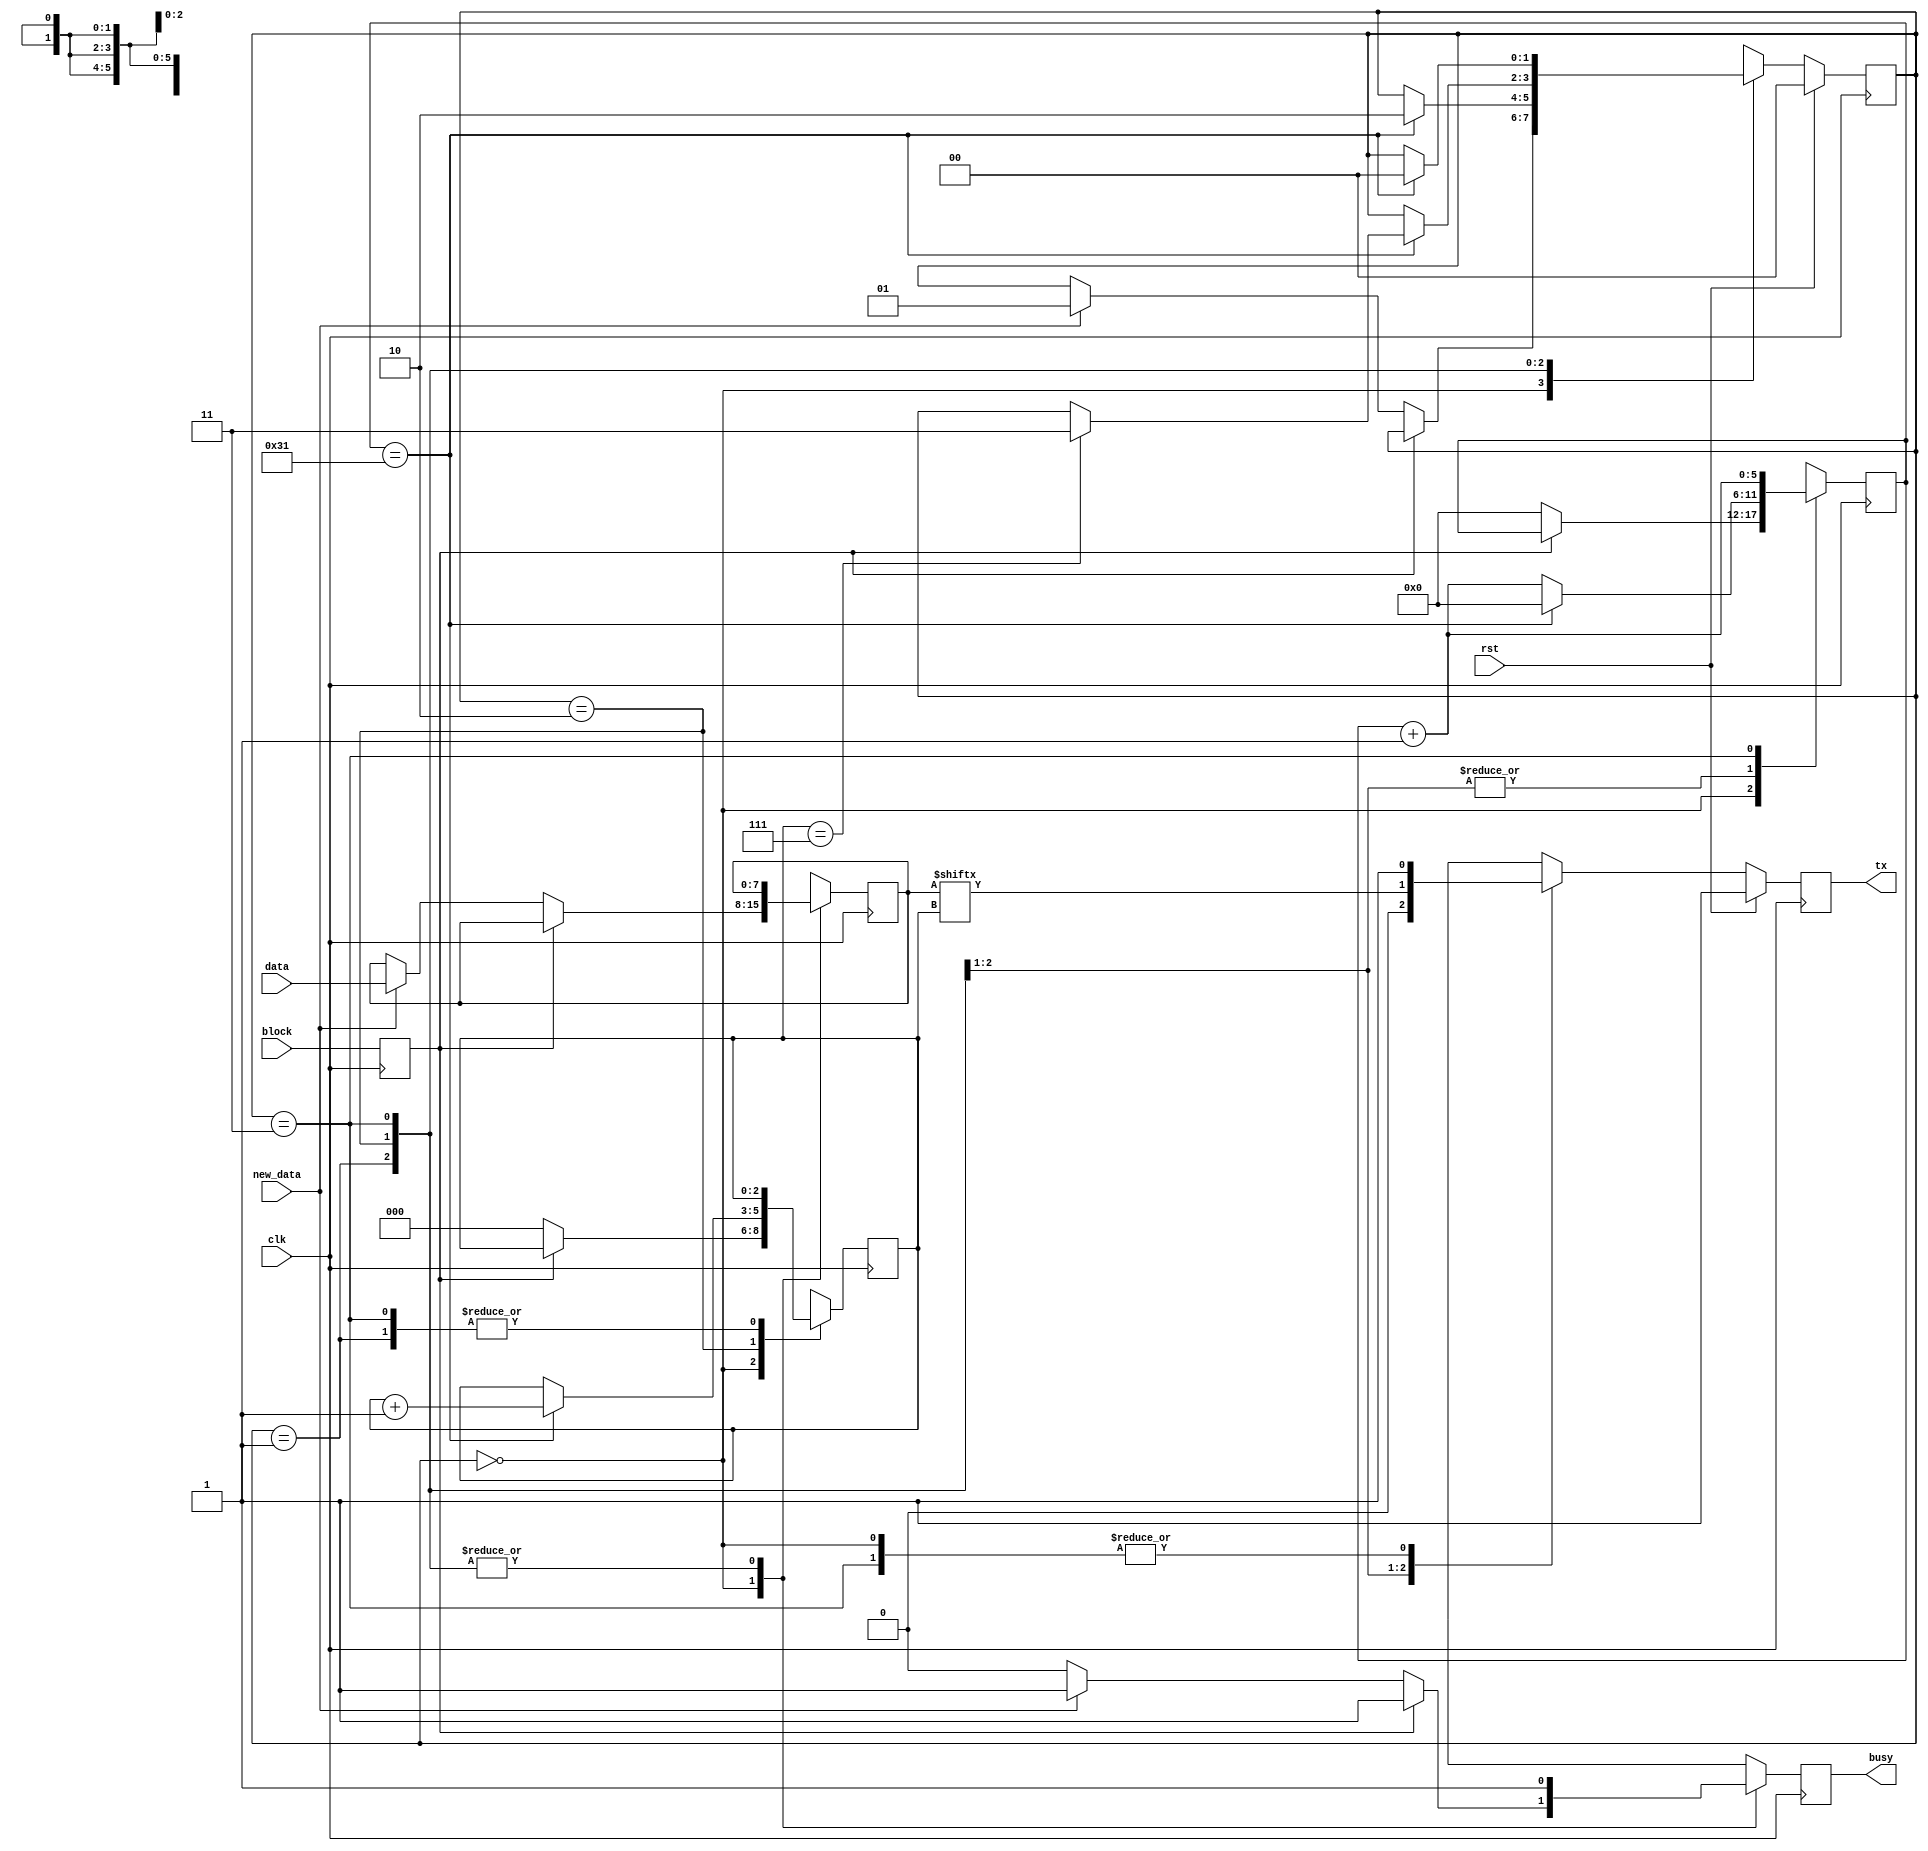
module serial_tx #(
        parameter CLK_PER_BIT = 50
    )(
        input clk,
        input rst,
        output tx,
        input block,
        output busy,
        input [7:0] data,
        input new_data
    );

    // clog2 is 'ceiling of log base 2' which gives you the number of bits needed to store a value
    parameter CTR_SIZE = $clog2(CLK_PER_BIT);

    localparam STATE_SIZE = 2;
    localparam IDLE = 2'd0, //Each of these is a named state.
    START_BIT = 2'd1,//state 1
    DATA = 2'd2,//state 2
    STOP_BIT = 2'd3; // state 3

    reg [CTR_SIZE-1:0] ctr_d, ctr_q;
    reg [2:0] bit_ctr_d, bit_ctr_q;
    reg [7:0] data_d, data_q;
    reg [STATE_SIZE-1:0] state_d, state_q = IDLE;//state selection register (or special function register)
    reg tx_d, tx_q; //register for data to be put into for going out the tx wire
    reg busy_d, busy_q; //register for busy signal
    reg block_d, block_q; //input register for input from AVR

    assign tx = tx_q; //assigns tx_q register to tx output wire
    assign busy = busy_q; //assigns busy_q register as output to the busy wire.

    always @(*) begin //updates inputs?
        block_d = block;
        ctr_d = ctr_q;
        bit_ctr_d = bit_ctr_q;
        data_d = data_q;
        state_d = state_q;
        busy_d = busy_q;

        case (state_q)
            IDLE: begin
                if (block_q) begin
                    busy_d = 1'b1; //Line is busy High = do not send
                    tx_d = 1'b1; //idle state is tx line = HIGH for not sending (stay idle)
                end else begin
                    busy_d = 1'b0; // Low = no longer busy
                    tx_d = 1'b1; //
                    bit_ctr_d = 3'b0;
                    ctr_d = 1'b0;
                    if (new_data) begin // new data line = 1 when high on AVR
                        data_d = data; //loads new data in from data input to data_d register
                        state_d = START_BIT;  //move state to START_BIT
                        busy_d = 1'b1; // now sending
                    end
                end
            end
            START_BIT: begin
                busy_d = 1'b1; //now sending
                ctr_d = ctr_q + 1'b1; //
                tx_d = 1'b0; // sends a single 0 down Tx line
                if (ctr_q == CLK_PER_BIT - 1) begin
                    ctr_d = 1'b0; 
                    state_d = DATA; // move to data state
                end
            end
            DATA: begin //Note: this is the section of code where the byte is being sent. 
                busy_d = 1'b1; //still sending
                tx_d = data_q[bit_ctr_q];//sends the [bit_ctr_q] bit down the tx line
                ctr_d = ctr_q + 1'b1; // incriments to the next data bit
                if (ctr_q == CLK_PER_BIT - 1) begin
                    ctr_d = 1'b0;
                    bit_ctr_d = bit_ctr_q + 1'b1;
                    if (bit_ctr_q == 7) begin
                        state_d = STOP_BIT; // move to STOP_BIT state
                    end
                end
            end
            STOP_BIT: begin
                busy_d = 1'b1; // still sending
                tx_d = 1'b1; // sends stop bit down data line
                ctr_d = ctr_q + 1'b1; // increases ctr_d 
                if (ctr_q == CLK_PER_BIT - 1) begin
                    state_d = IDLE; // Go back to idle state
                end
            end
            default: begin
                state_d = IDLE;
            end
        endcase
    end

    always @(posedge clk) begin
        if (rst) begin
            state_q <= IDLE;
            tx_q <= 1'b1;
        end else begin
            state_q <= state_d; // selects state of what tx_d need to be. 
            tx_q <= tx_d; // transmits based on state
        end
        // These are all assigned based on the state machine. 
        block_q <= block_d;
        data_q <= data_d;
        bit_ctr_q <= bit_ctr_d;
        ctr_q <= ctr_d;
        busy_q <= busy_d;
    end

endmodule